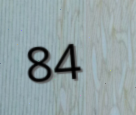
84